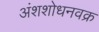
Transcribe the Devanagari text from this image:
अंशशोधनवक्र